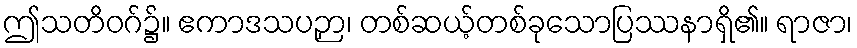
ဤသတိဝဂ်၌။ ဧကာဒသပဉှာ၊ တစ်ဆယ့်တစ်ခုသောပြဿနာရှိ၏။ ရာဇာ၊